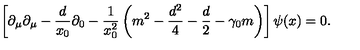
\left[ \partial _ { \mu } \partial _ { \mu } - \frac { d } { x _ { 0 } } \partial _ { 0 } - \frac { 1 } { x _ { 0 } ^ { 2 } } \left( m ^ { 2 } - \frac { d ^ { 2 } } { 4 } - \frac { d } { 2 } - \gamma _ { 0 } m \right) \right] \psi ( x ) = 0 .